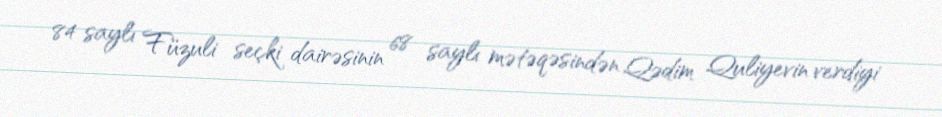
84 saylı Füzuli seçki dairəsinin 68 saylı mətəqəsindən Qədim Quliyevin verdiyi